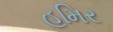
હમિર